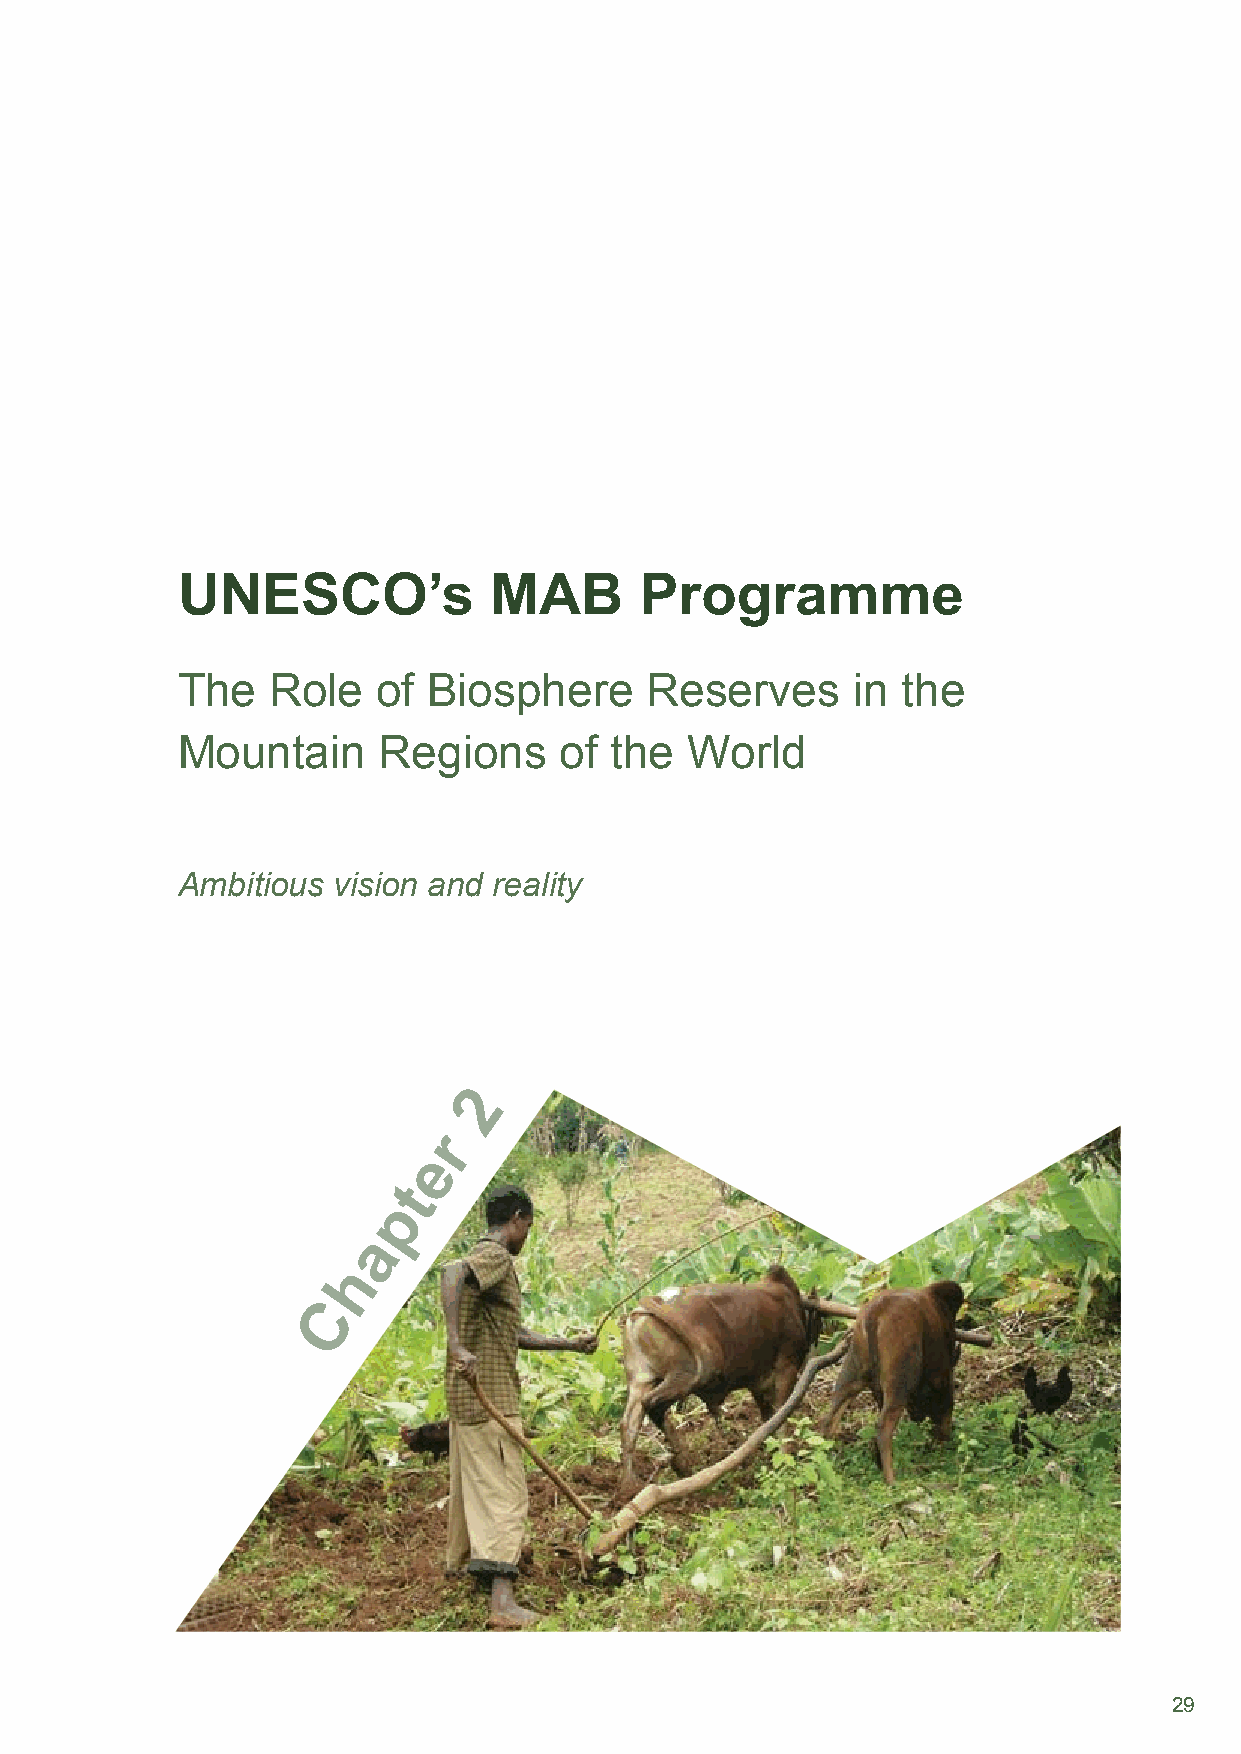
UNESCO’s            MAB       Programme
 The   Role   of Biosphere      Reserves     in  the
 Mountain     Regions     of the   World
 Ambitious vision and reality
 2
 r
 e
 t
 p
 a
 h
 C
 29